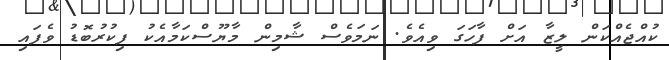
ކުއްޖެއްކަން ލީޒާ އަށް ފާހަގަ ވިއެވެ. ނަމަވެސް ޝާމިން މާޔޫސްކަމާއެކު ފިކުރުބޮޑު ވެފައި